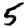
Digit: 5